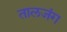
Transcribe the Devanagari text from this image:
तालजंग